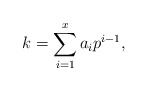
\begin{align*}k = \sum_{i=1}^x a_i p^{i-1},\end{align*}